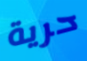
حرية